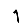
Digit: 1